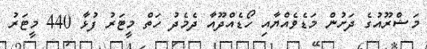
މަޝްރޫއުގެ ދަށުން މަޑެވެއްޔާއި ހޯޑެއްދޫއާ ދެމެދު ހަތް މީޓަރު ފުޅާ 440 މީޓަރު